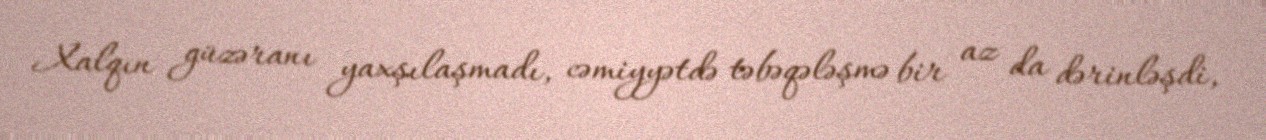
Xalqın güzəranı yaxşılaşmadı, cəmiyyətdə təbəqələşmə bir az da dərinləşdi,